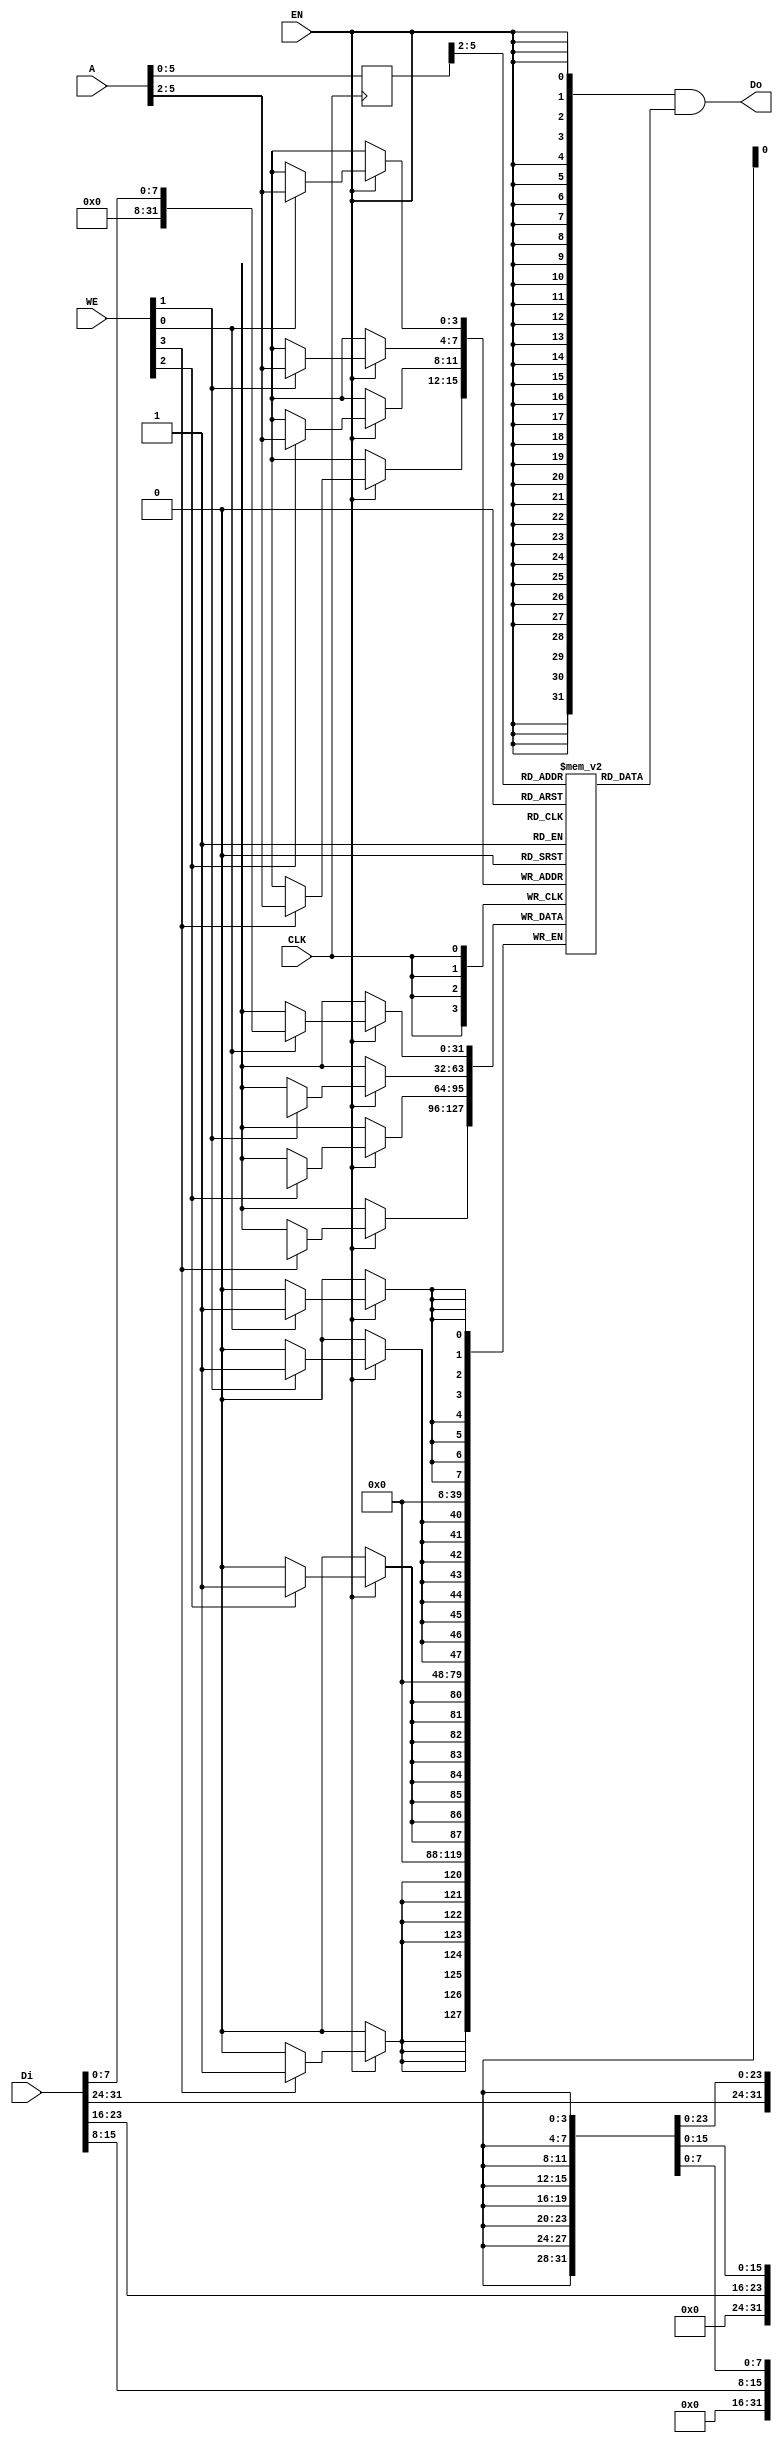
// bram behavior code (can't be synthesis)
// 11 words
module bram11 
(
    CLK,
    WE,
    EN,
    Di,
    Do,
    A
);

    input   wire            CLK;
    input   wire    [3:0]   WE;
    input   wire            EN;
    input   wire    [31:0]  Di;
    output  wire     [31:0]  Do;
    input   wire    [11:0]   A; 

    //  11 words
	reg [31:0] RAM[0:10];
    reg [11:0] r_A;

    always @(posedge CLK) begin
        r_A <= A;
    end

    assign Do = {32{EN}} & RAM[r_A>>2];    // read

    reg [31:0] Temp_D;
    always @(posedge CLK) begin
        if(EN) begin
	    if(WE[0]) RAM[A>>2][7:0] <= Di[7:0];
            if(WE[1]) RAM[A>>2][15:8] <= Di[15:8];
            if(WE[2]) RAM[A>>2][23:16] <= Di[23:16];
            if(WE[3]) RAM[A>>2][31:24] <= Di[31:24];
        end
    end
    /*
    reg [31:0] debug_ram[0:10];
    integer i;
    always @(*) begin
	    for(i = 0; i < 12; i = 1 + 1) begin
		    debug_ram[i] = RAM[i];
	    end
    end
    */
//DEBUG
/*
    integer i;
    always @(*) begin
    	if(EN && (WE == 4'hf)) begin
		for(i = 0; i < 11; i = i + 1) begin
			$display("coef[%d] = %d", i, $signed(RAM[i]));

		end
	end
    end
*/
  

endmodule